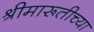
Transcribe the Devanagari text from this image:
श्रीमारूतीच्या